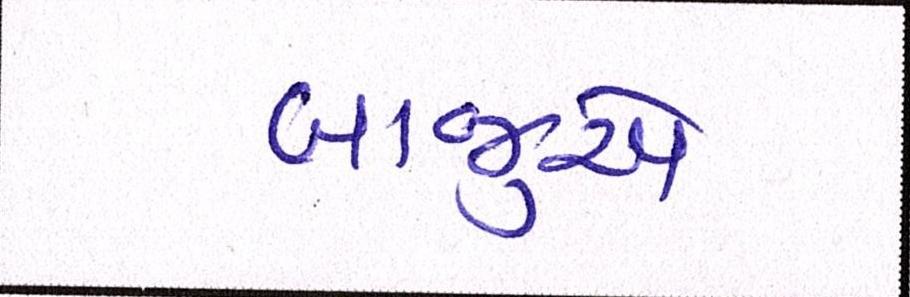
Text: બાજુએ